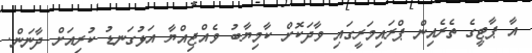
އާ ޕާޓީގެ ތެރެއިން ޕްރައިމަރީގައި ވާދަކޮށް ކާމިޔާބު ވެއްޖިއްޔާ އަޅުގަނޑު ކުރިއަށް ދާނަން.